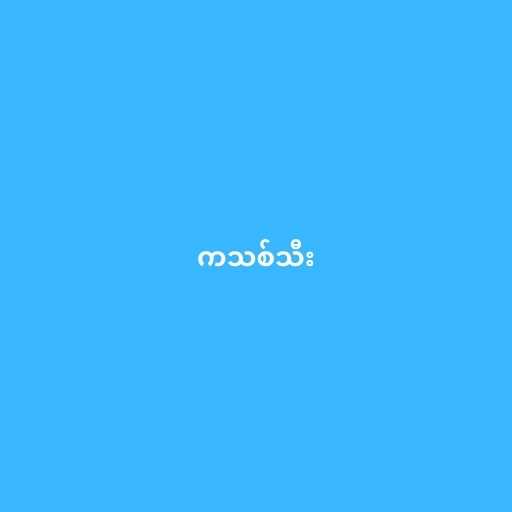
ကသစ်သီး